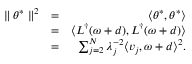
\begin{array} { r l r } { \parallel \theta ^ { * } \parallel ^ { 2 } } & { = } & { \langle \theta ^ { * } , \theta ^ { * } \rangle } \\ & { = } & { \langle L ^ { \dagger } ( \omega + d ) , L ^ { \dagger } ( \omega + d ) \rangle } \\ & { = } & { \sum _ { j = 2 } ^ { N } \lambda _ { j } ^ { - 2 } \langle v _ { j } , \omega + d \rangle ^ { 2 } . } \end{array}